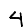
Digit: 4